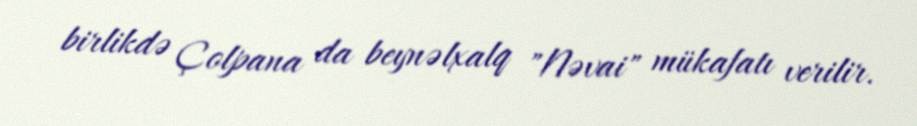
birlikdə Çolpana da beynəlxalq "Nəvai" mükafatı verilir.